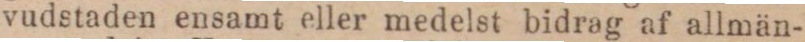
vudstaden ensamt eller medelst bidrag af allmän-